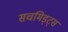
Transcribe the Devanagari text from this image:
सचमिड्ट्स